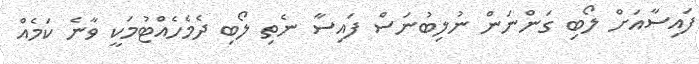
ފައިސާއަށް ލޯބި ގަންނަން ނުލިބުނަސް ފައިސާ ނެތި ލޯބި ދެމެހެއްޓުމަކީ ވާނެ ކަމެއް